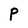
Character: P